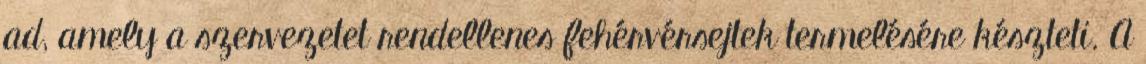
ad, amely a szervezetet rendellenes fehérvérsejtek termelésére készteti. A